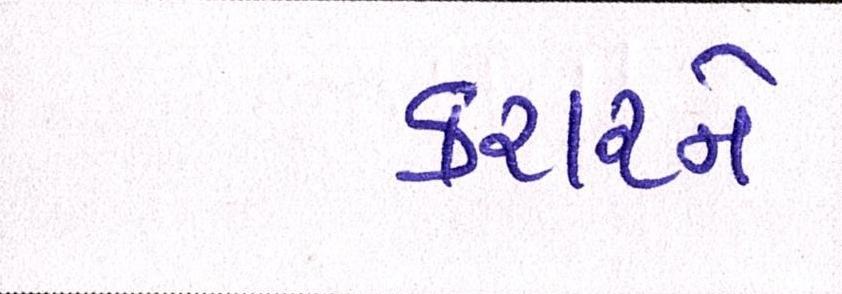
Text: કરારને